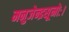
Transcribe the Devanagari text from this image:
मनुजेन्द्रसूनोः।